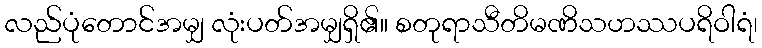
လည်ပုံတောင်အမျှ လုံးပတ်အမျှရှိ၏။ စတုရာသီတိမဏိသဟဿပရိဝါရံ၊